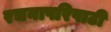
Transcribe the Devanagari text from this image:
रचनापरिपाटी